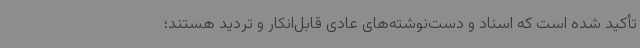
تأکید شده است که اسناد و دست‌نوشته‌های عادی قابل‌انکار و تردید هستند؛